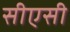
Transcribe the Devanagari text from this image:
सीएसी